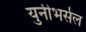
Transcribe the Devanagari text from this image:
युनीभर्सल